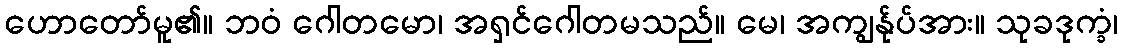
ဟောတော်မူ၏။ ဘဝံ ဂေါတမော၊ အရှင်ဂေါတမသည်။ မေ၊ အကျွန်ုပ်အား။ သုခဒုက္ခံ၊